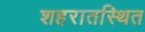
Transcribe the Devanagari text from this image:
शहरातस्थित